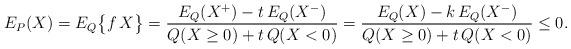
LaTeX: \begin{gather*}E_P(X)=E_Q\bigl\{f\,X\bigr\}=\frac{E_Q(X^+)-t\,E_Q(X^-)}{Q(X\geq 0)+t\,Q(X< 0)}=\frac{E_Q(X)-k\,E_Q(X^-)}{Q(X\geq 0)+t\,Q(X< 0)}\leq 0.\end{gather*}